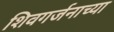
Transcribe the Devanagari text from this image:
शिवगर्जनाच्या